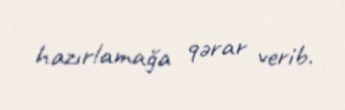
hazırlamağa qərar verib.